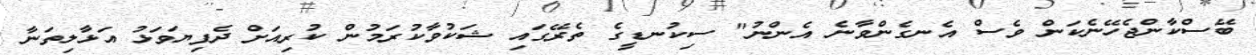
ބޭސްކާންޖެހޭނެކަން ވެސް އެނގެންވާނެ އެންނު" ސިކުނޑީގެ ތެރޭގައި ޝަކުވާކުރަމުން ކުރިއަށް ދެފިޔަވަޅު އަޅާލިތަނާ